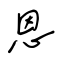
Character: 恩